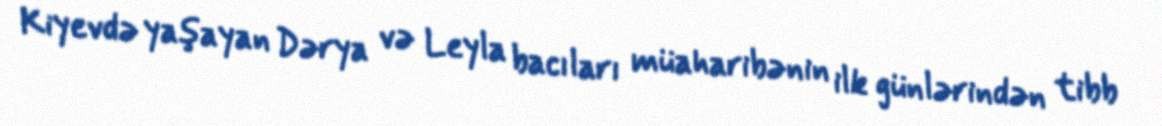
Kiyevdə yaşayan Dərya və Leyla bacıları müaharibənin ilk günlərindən tibb